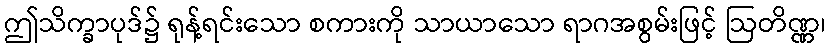
ဤသိက္ခာပုဒ်၌ ရုန့်ရင်းသော စကားကို သာယာသော ရာဂအစွမ်းဖြင့် ဩတိဏ္ဏ၊